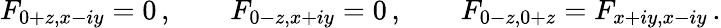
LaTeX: F_{0+z,x-iy}=0\, ,\qquad F_{0-z,x+iy}=0\, ,\qquad F_{0-z,0+z}=F_{x+iy,x-iy}\, .